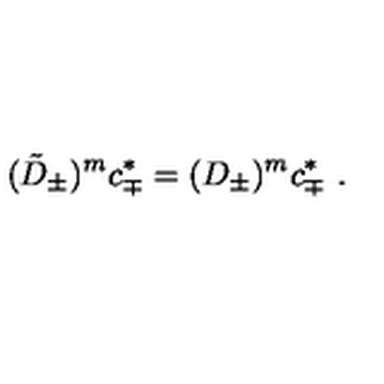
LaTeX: ( \tilde { D } _ { \pm } ) ^ { m } c _ { \mp } ^ { * } = ( D _ { \pm } ) ^ { m } c _ { \mp } ^ { * } \ .